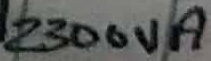
Text: 2300VA